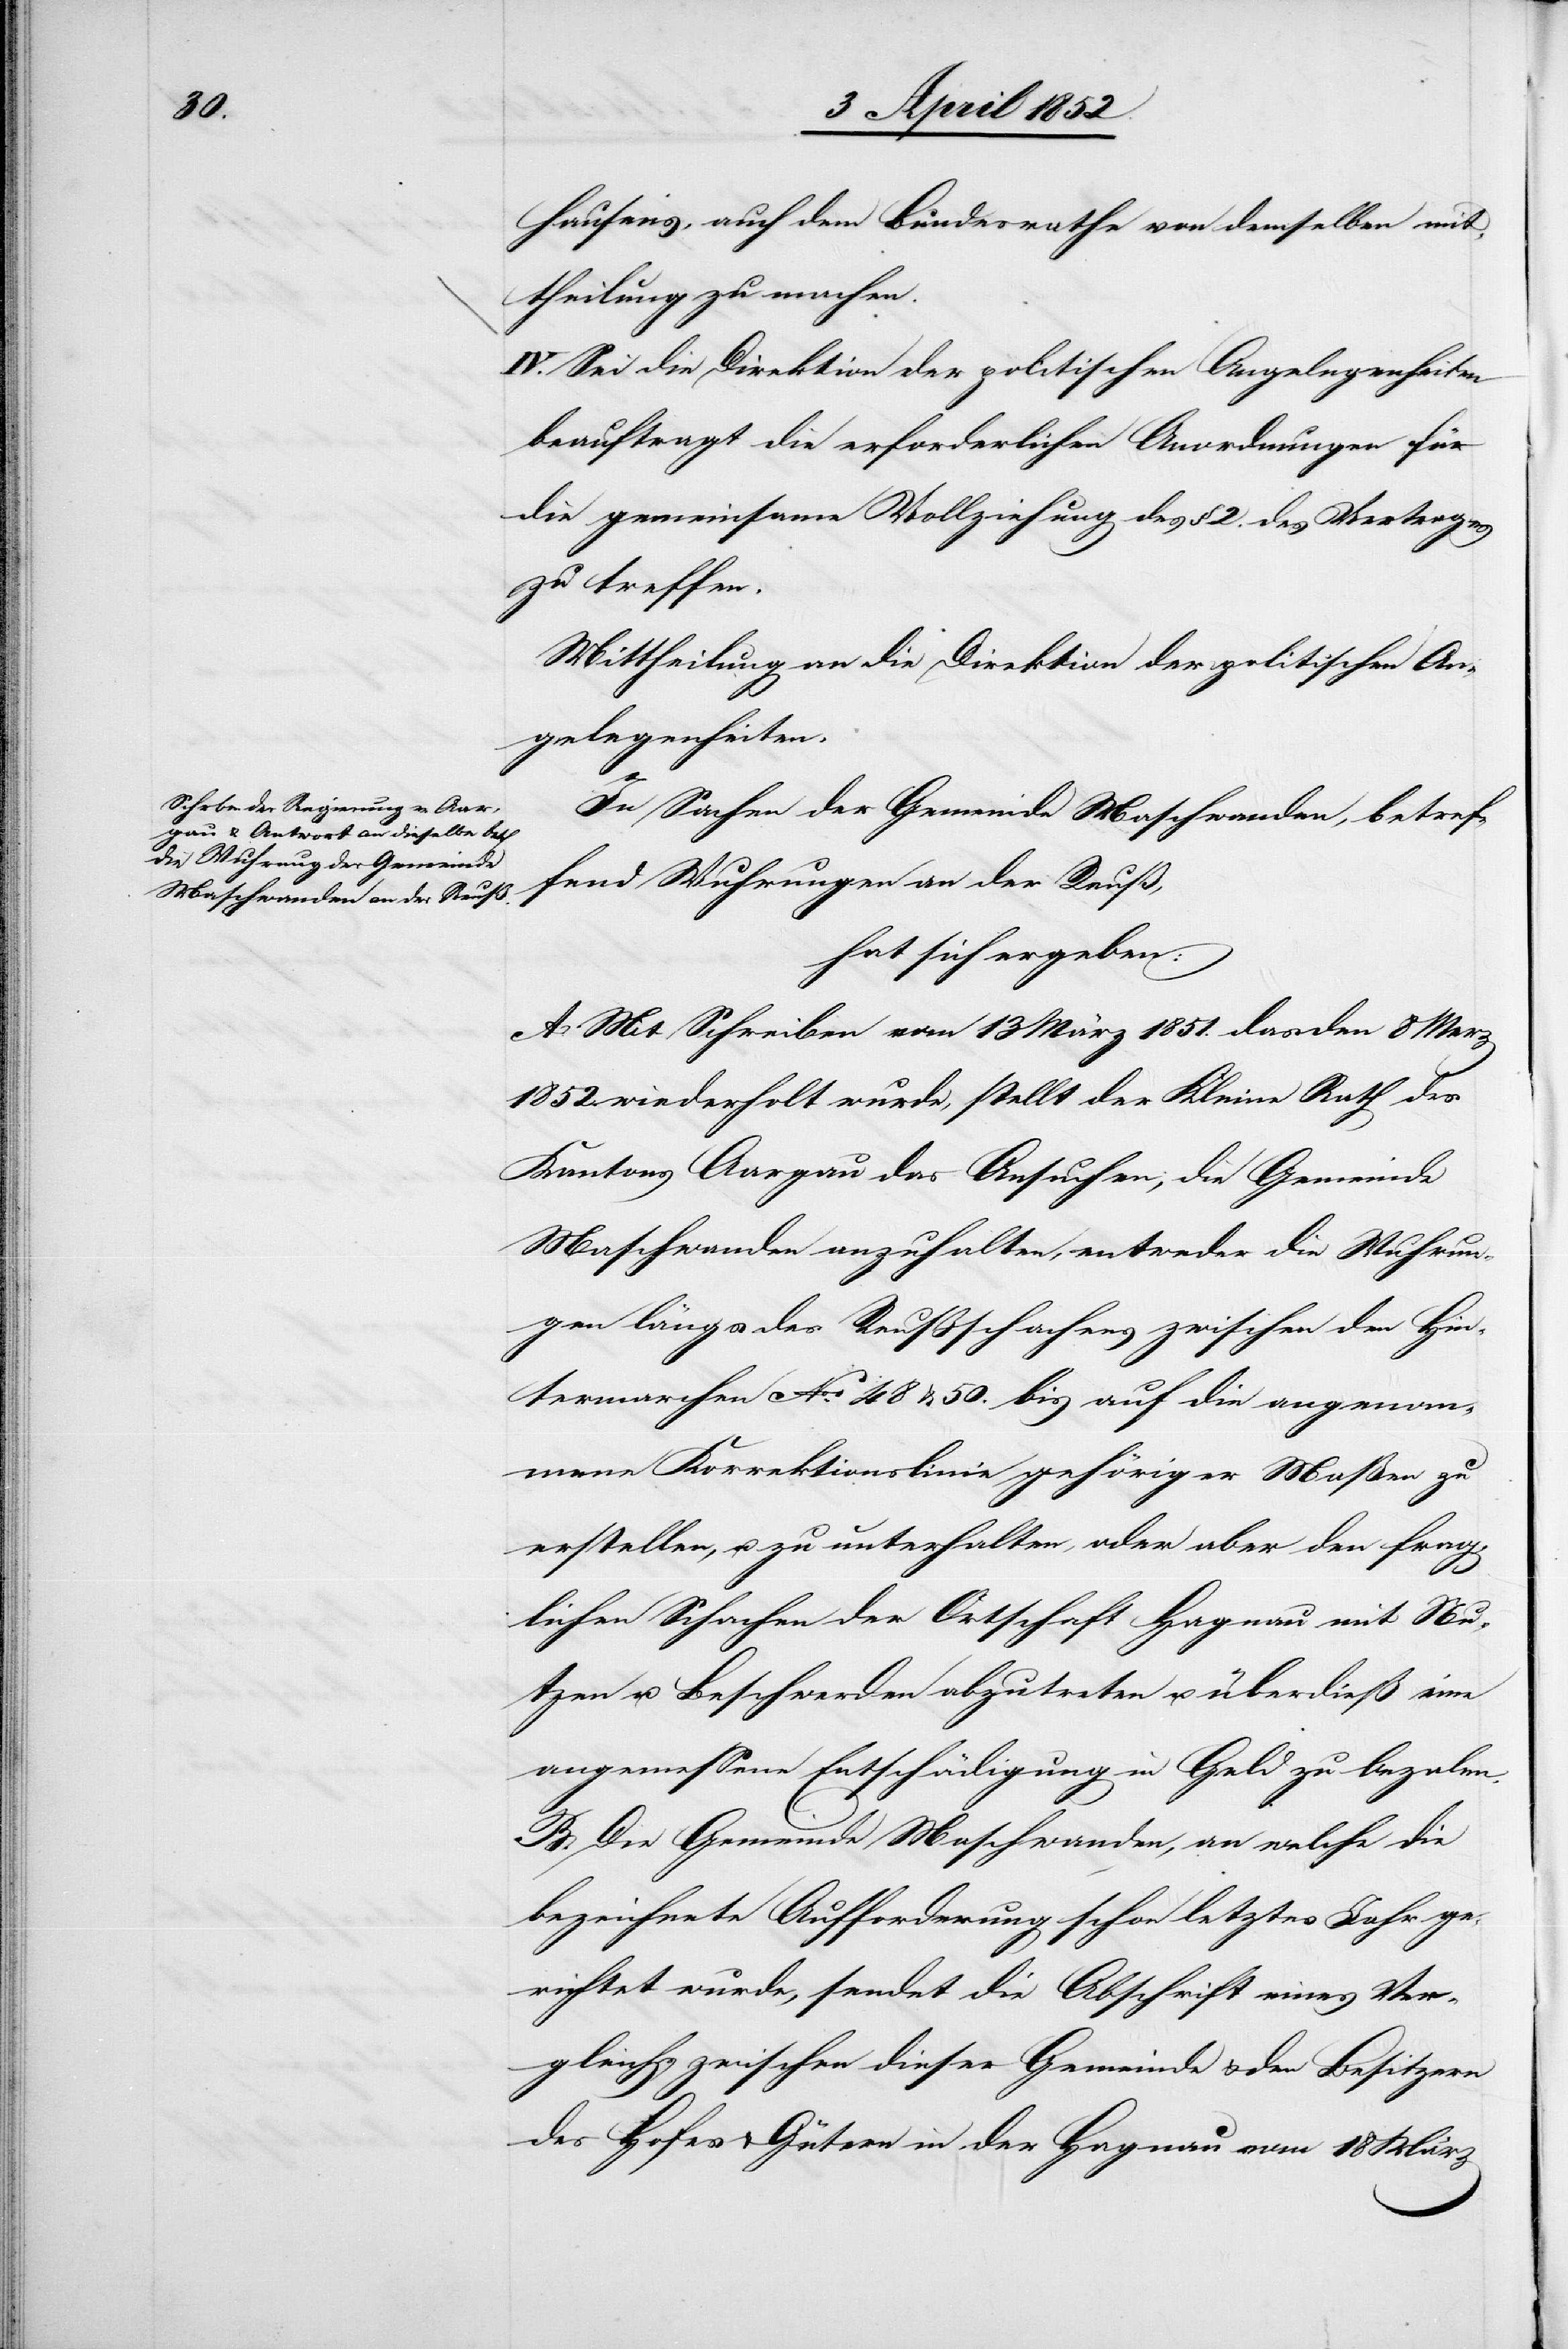
hausens, auch dem Bundesrathe von demselben mit¬
IV. Sei die Direktion der politischen Angelegenheiten
beauftragt die erforderlichen Anordnungen für
die gemeinsame Vollziehung des § 2. des Vertrages
zu treffen.
Mittheilung an die Direktion der politischen An¬
gelegenheiten.
In Sachen der Gemeinde Maschwanden, betref¬
fend Wuhrungen an der Reuß,
hat sich ergeben:
A. Mit Schreiben vom 13 März 1851. das den 8 Merz
1852. wiederholt wurde, stellt der Kleine Rath des
Kantons Aargau das Ansuchen, die Gemeinde
Maschwanden anzuhalten, entweder die Wuhrun¬
gen längs des Reußschachens zwischen den Hin¬
termarchen No. 48 & 50. bis auf die angenom¬
mene Korrektionslinie gehöriger Maßen zu
erstellen, u. zu unterhalten, oder aber den frag¬
theilung
lichen Schachen der Ortschaft Hagnau mit Nu¬
tzen u. Beschwerden abzutreten u. überdieß eine
angemessene Entschädigung in Geld zu bezalen.
B. Die Gemeinde Maschwanden, an welche die
bezeichnete Aufforderung schon letztes Jahr ge¬
richtet wurde, sendet die Abschrift eines Ver¬
gleichs zwischen dieser Gemeinde & den Besitzern
des Hofes & Gütern in der Hagnau vom 18 März